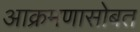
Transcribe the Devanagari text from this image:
आक्रमणासोबत